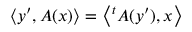
\langle y ^ { \prime } , A ( x ) \rangle = \left\langle { } ^ { t } A ( y ^ { \prime } ) , x \right\rangle